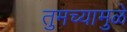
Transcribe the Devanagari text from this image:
तुमच्यामुळे